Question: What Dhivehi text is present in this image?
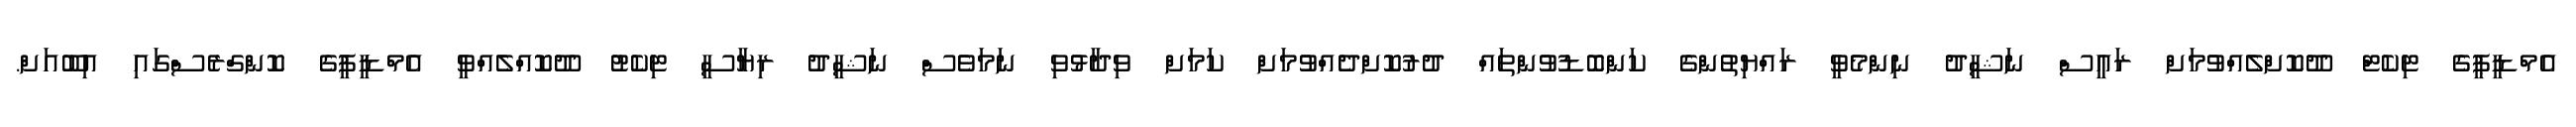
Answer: އެމްޑީޕީގެ ޓިކެޓް ދޫކޮށްލެއްވުމަށް ރައީސް ނަޝީދު ނިންމެވީ ރައްޔިތުންގެ ކަންބޮޑުވުންތައް ދުރުކޮށްދެއްވުމަށް ކަމަށް ވިދާޅުވި ނަމަވެސް ނަޝީދު ރިޔާސީ ޓިކެޓު ދޫކޮއްލެއްވީ އެމްޑީޕީގެ ކޮންގްރެސްގައި އިބޫއަށް.